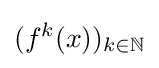
(f^{k}(x))_{k\in \mathbb {N} }